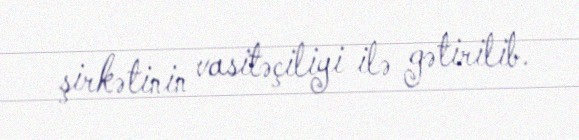
şirkətinin vasitəçiliyi ilə gətirilib.